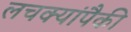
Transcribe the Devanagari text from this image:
लचक्यांपैकी